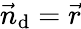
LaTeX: \vec{n}_{\mathrm{d}}=\vec{r}